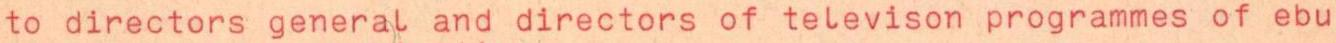
to directors general and directors of televison programmes of ebu